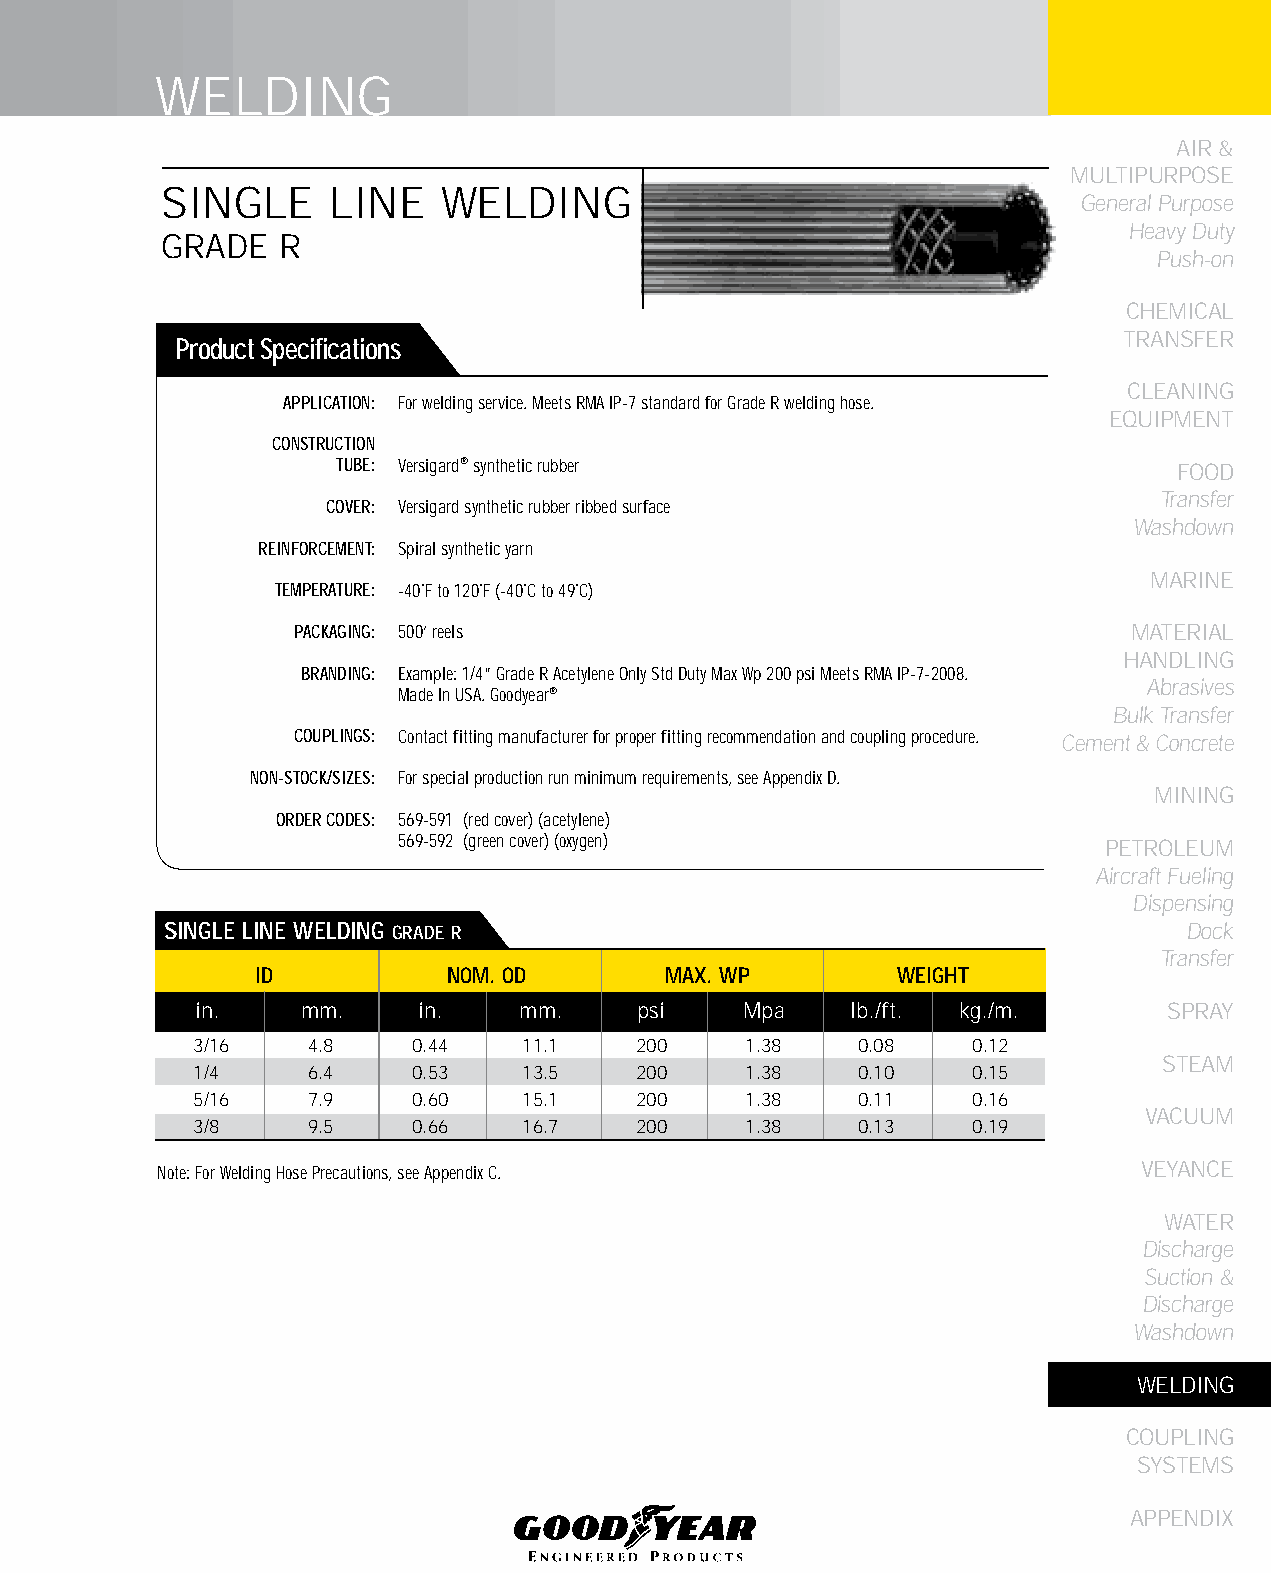
WELDING
 AIR &
 MULTIPURPOSE
 SINGLE     LINE   WELDING
 General Purpose
 Heavy Duty
 GRADE   R
 Push-on
 CHEMICAL
 TRANSFER
 Product Specifications
 CLEANING
 APPLICATION: For welding service. Meets RMA IP-7 standard for Grade R welding hose.
 EqUIPMENT
 CONSTRUCTION
 TUBE: Versigard® synthetic rubber                       FOOD
 Transfer
 COVER: Versigard synthetic rubber ribbed surface
 Washdown
 REINFORCEMENT: Spiral synthetic yarn
 MARINE
 TEMPERATURE: -40˚F to 120˚F (-40˚C to 49˚C)
 PACKAGING: 500’ reels                                  MATERIAL
 HANDLING
 BRANDING: Example: 1/4” Grade R Acetylene Only Std Duty Max Wp 200 psi Meets RMA IP-7-2008.
 Abrasives
 Made In USA. Goodyear®
 Bulk Transfer
 COUPLINGS: Contact fitting manufacturer for proper fitting recommendation and coupling procedure. Cement & Concrete
 NON-STOCK/SIZES: For special production run minimum requirements, see Appendix D.
 MINING
 ORDER CODES: 569-591 (red cover) (acetylene)
 569-592 (green cover) (oxygen)                 PETROLEUM
 Aircraft Fueling
 Dispensing
 SINGLE LINE WELDING GRADE R                                         Dock
 Transfer
 ID           NOM. OD       MAX. WP        WEIGHT
 in.    mm.     in.   mm.     psi    Mpa    lb./ft. kg./m.       SPRAY
 3/16   4.8    0.44    11.1   200    1.38    0.08   0.12
 STEAM
 1/4    6.4    0.53    13.5   200    1.38    0.10   0.15
 5/16   7.9    0.60    15.1   200    1.38    0.11   0.16
 VACUUM
 3/8    9.5    0.66    16.7   200    1.38    0.13   0.19
 Note: For Welding Hose Precautions, see Appendix C.               VEYANCE
 WATER
 Discharge
 Suction &
 Discharge
 Washdown
 WELDING
 COUPLING
 SYSTEMS
 APPENDIX
 245